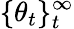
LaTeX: \{ \theta_{t}\} _{t}^{\infty}